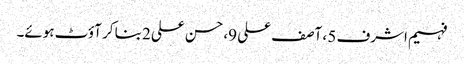
فہیم اشرف 5 ، آصف علی 9، حسن علی2 بنا کر آؤٹ ہوئے۔